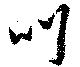
叨